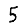
Digit: 5